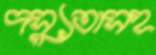
দস্যুতাসহ